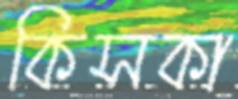
কিসকা